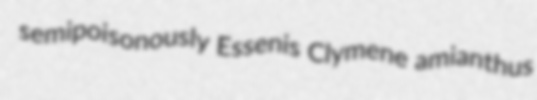
semipoisonously Essenis Clymene amianthus